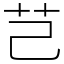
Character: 芑